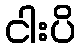
ငါးပိ